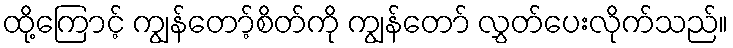
ထို့ကြောင့် ကျွန်တော့်စိတ်ကို ကျွန်တော် လွှတ်ပေးလိုက်သည်။